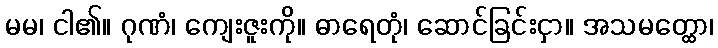
မမ၊ ငါ၏။ ဂုဏံ၊ ကျေးဇူးကို။ ဓာရေတုံ၊ ဆောင်ခြင်းငှာ။ အသမတ္ထော၊